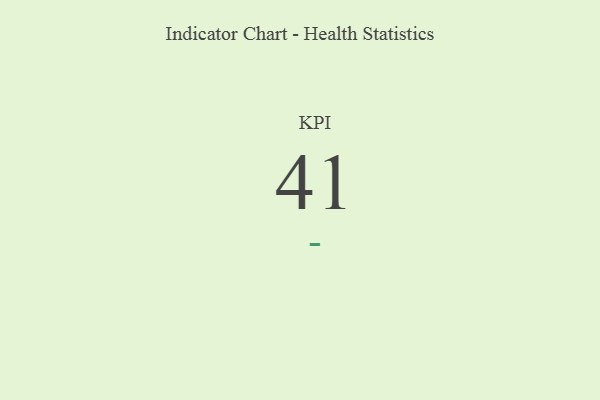
{"axis": {"x": "KPI", "y": "Value"}, "legend": [""], "data": [{"x": "KPI", "y": 41, "type": ""}]}